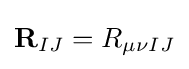
{\bf {R}}_{IJ}=R_{\mu \nu IJ}